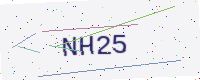
Text: NH25